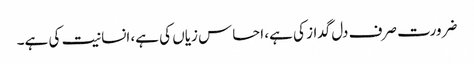
ضرورت صرف دل گداز کی ہے، احساس زیاں کی ہے، انسانیت کی ہے۔